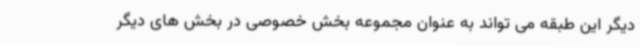
دیگر این طبقه می تواند به عنوان مجموعه بخش خصوصی در بخش های دیگر